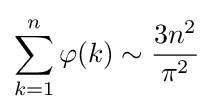
\sum _{k=1}^{n}\varphi (k)\sim {\frac {3n^{2}}{\pi ^{2}}}